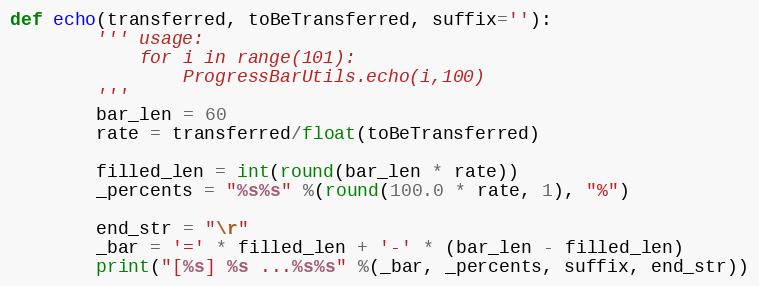
Language: Python
def echo(transferred, toBeTransferred, suffix=''):
        ''' usage:
            for i in range(101):
                ProgressBarUtils.echo(i,100)
        '''
        bar_len = 60
        rate = transferred/float(toBeTransferred)

        filled_len = int(round(bar_len * rate))
        _percents = "%s%s" %(round(100.0 * rate, 1), "%")

        end_str = "\r"
        _bar = '=' * filled_len + '-' * (bar_len - filled_len)
        print("[%s] %s ...%s%s" %(_bar, _percents, suffix, end_str))